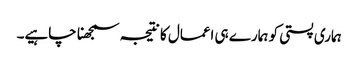
ہماری پستی کو ہمارے ہی اعمال کا نتیجہ سمجھنا چاہیے۔